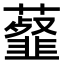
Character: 𧂊